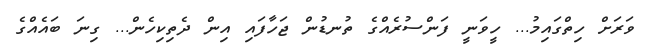
ވަރަށް ހިތްގައިމު... ހީވަނީ ފަންސުރެއްގެ ތުނޑުން ޖަހާފައި އިން ދެތިކިހެން... ގިނަ ބައެއްގެ